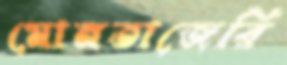
মোনতাজেরি